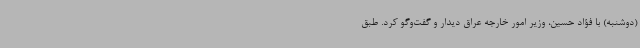
(دوشنبه) با فؤاد حسین، وزیر امور خارجه عراق دیدار و گفت‌وگو کرد. طبق